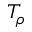
T _ { \rho }